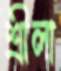
শ্রীলা